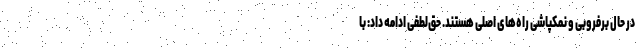
در حال برفروبی و نمکپاشی راه‌های اصلی هستند. حق‌لطفی ادامه داد: با